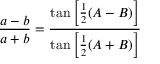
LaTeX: { \frac { a - b } { a + b } } = { \frac { \tan \left[ { \frac { 1 } { 2 } } ( A - B ) \right] } { \tan \left[ { \frac { 1 } { 2 } } ( A + B ) \right] } }